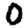
Digit: 0